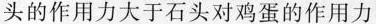
头的作用力大于石头对鸡蛋的作用力